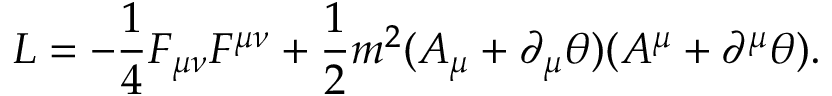
{ \cal L } = - \frac { 1 } { 4 } F _ { \mu \nu } F ^ { \mu \nu } + \frac { 1 } { 2 } m ^ { 2 } ( A _ { \mu } + \partial _ { \mu } \theta ) ( A ^ { \mu } + \partial ^ { \mu } \theta ) .